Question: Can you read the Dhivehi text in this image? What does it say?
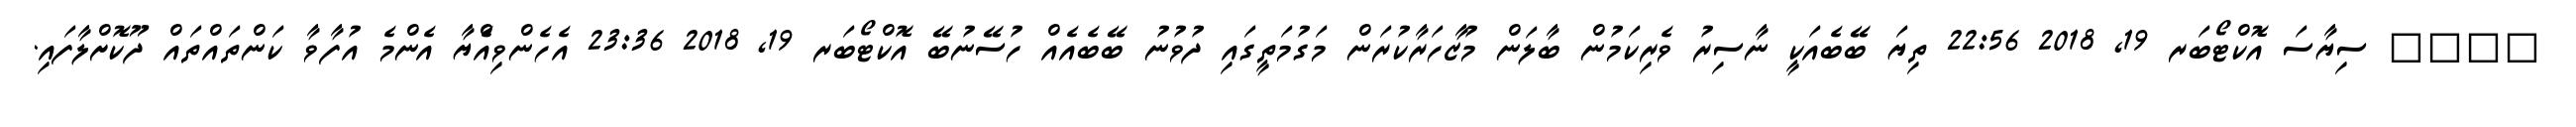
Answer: ???? ސިޔާސަ އޮކްޓޯބަރ 19, 2018 22:56 ތިޔަ ބޭބެއަކީ ނާސިރު ވެރިކަމުން ބާލަން މުޒާހަރާކުރަން މަގުމަތީގައި ދުވުނު ބޭބެއެއް ހުސޭނުބޭ އޮކްޓޯބަރ 19, 2018 23:36 އެހެންވިއެްޔާ އެންމެ އުފާވާ ކަންތައްތައް ދޫކޮށްލާފައި.